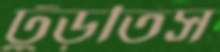
ঢুঁড়তিস